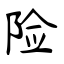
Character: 险